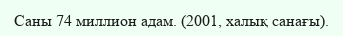
Саны 74 миллион адам. (2001, халық санағы).